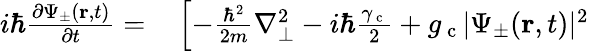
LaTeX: \begin{array}{rl}{i\hbar\frac{\partial\Psi_{\pm}(\mathbf{r},t)}{\partial t}=}&{{}\left[-\frac{\hbar^{2}}{2m}\nabla_{\bot}^{2}-i\hbar\frac{\gamma_{\mathrm{~c~}}}{2}+g_{\mathrm{~c~}}|\Psi_{\pm}(\mathbf{r},t)|^{2}\right.}\end{array}